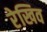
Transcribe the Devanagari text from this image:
रेखिव